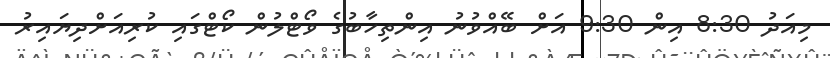
މިއަދު 8:30 އިން 9:30 އަށް ބޭއްވުނު އިންތިހާބުގެ ވޯޓްލުން ކޯޓްގައި ކުރިއަށްދިޔައިރު